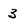
Character: 3